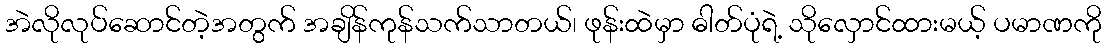
အဲလိုလုပ်ဆောင်တဲ့အတွက် အချိန်ကုန်သက်သာတယ်၊ ဖုန်းထဲမှာ ဓါတ်ပုံရဲ့ သိုလှောင်ထားမယ့် ပမာဏကို